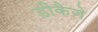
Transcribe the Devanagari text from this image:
डीकैजे